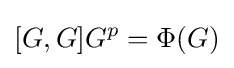
[G,G]G^{p}=\Phi (G)